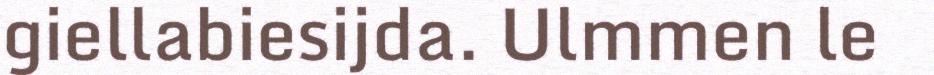
giellabiesijda. Ulmmen le